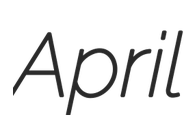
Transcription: April